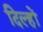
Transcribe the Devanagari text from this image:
दिल्हों